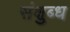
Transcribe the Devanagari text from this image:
संक्षुब्ध